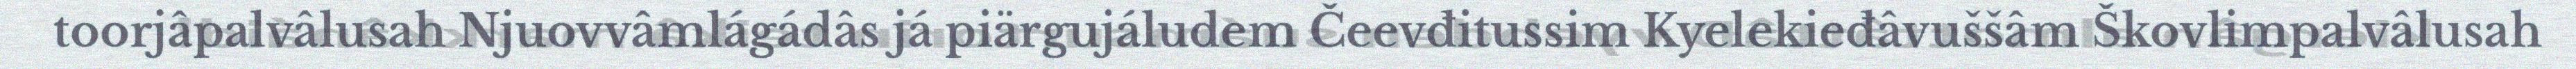
toorjâpalvâlusah Njuovvâmlágádâs já piärgujáludem Čeevđitussim Kyelekieđâvuššâm Škovlimpalvâlusah